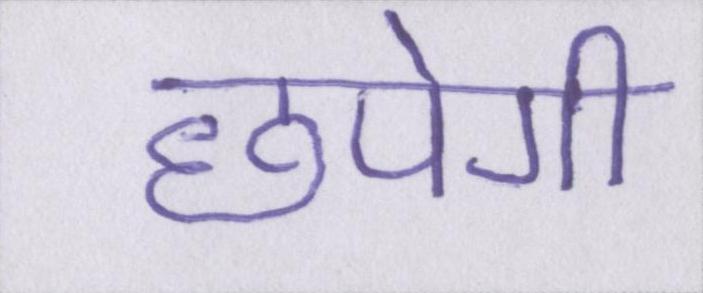
छपेगी